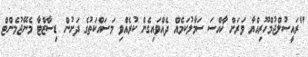
"ރައީސުލްޖުމްހޫރިއްޔާ ވަރަށް ޚާއްސަ ސަމާލުކަމެއް ދެއްވައިގެން ކުރެއްވި މަސައްކަތުގެ ދަށުން ޑިސާޒްޓާ މެނޭޖުމެންޓް